Lock hospitals Punjab
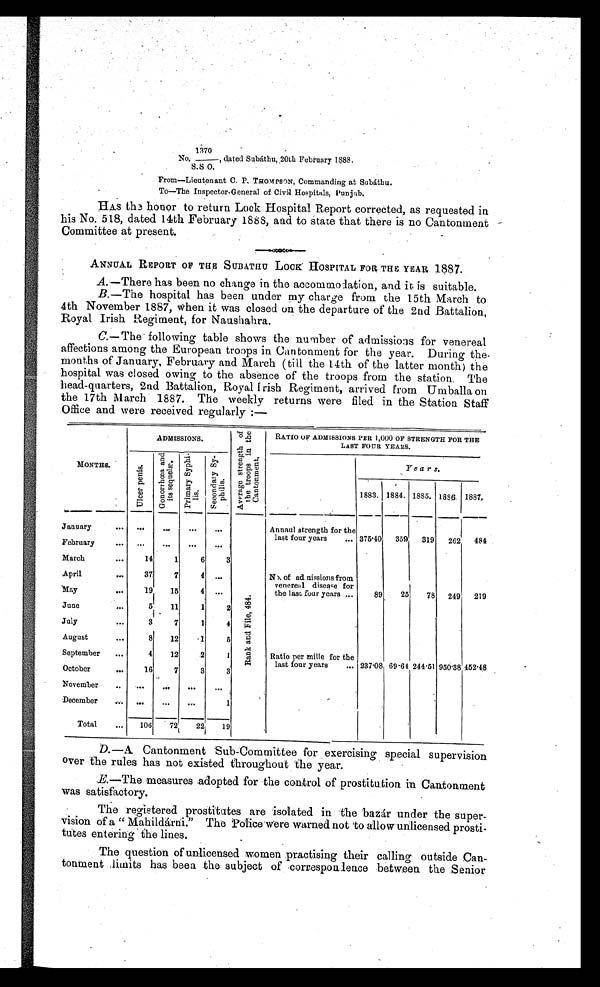
1370
No. —, dated Subáthu, 20th February 1888.
S.S 0.
From—Lieutenant C. P.THOMPSON , Commanding at Subáthu.
To—The Inspector. General of Civil Hospitals, Punjab.
HAS the honor to return Lock Hospital Report corrected, as requested in
his No. 518, dated 14th February 1888, and to state that there is no Cantonment
Committee at present.
ANNUAL REPORT OF THE SUBATHU LOCK HOSPITAL FOR, THE YEAR 1887.
A.—There has been no change in the accommodation, and it is suitable.
B.—The hospital has been under my charge from the 15th March to
4th November 1887, when it was closed on the departure of the 2nd Battalion,
Royal Irish Regiment, for Naushahra.
C.—The following table shows the number of admissions for venereal
affections among the European troops in Cantonment for the year. During the.
months of January, February and March (till the 14th of the latter month) the
hospital was closed owing to the absence of the troops from the station. The
head-quarters, 2nd Battalion, Royal Irish Regiment, arrived from Umballa on
the 17th March 1887. The weekly returns were filed in the Station Staff
Office and were received regularly :—
MONTHS.
ADMISSIONS.
A v e r a g e s t r e n t h o f t h e t r o o p s i n t h e C a n t o n m e n t .
RATIO OF ADMISSIONS PER 1,000 OF STRENGTH FOR THE
LAST FOUR YEARS.
U l c e r p e n i s .
G o n o r r h œ a a n d i t s s e q u e l æ .
P r i m a r y S y p h i - l i s .
S e c o n d a r y S y p h i l i s .
Years.
1 8 8 3 .
1884. 1885. 1886. 1887.
January
. . .
. . .
. . .
. . .
. . .
R a n k a n d F i l e , 4 8 4 .
Annaul strength for the
last four years
... 375.40
359
319
262
484
February
. . .
. . .
. . .
. . .
. . .
March
...
14
1
6
3
No. of ad nissions from
venereal disese for
the last, four years ...
89
25
78 249
219
April
. . .
37
7
4
. . .
May
...
19
15
4 ...
June
...
5
11
1
2
July
. . .
3
7
1
4
Ratio per mille for the
last four years
... 237.08 69.64 244.51 950.38 452.48
August
...
8
12
1
5
September
...
4
12
2
1
October
...
16
7
3
3
November
..
...
...
. . .
. . .
December
. . . ...
...
...
1
Total
...
106
72
22
19
D.—A. Cantonment Sub-Committee for exercising special supervision
over the rules has not existed throughout the year.
E.—The measures adopted for the control of prostitution in Cantonment
was satisfactory.
The registered prostitutes are isolated in the bazár under the super-
vision of a " Mahildárni." The Police were warned not to allow unlicensed prosti-
f
tutes entering the lines.
The question of unlicensed women practising their calling outside Can-
tonment limits has been the subject of correspondence between the Senior